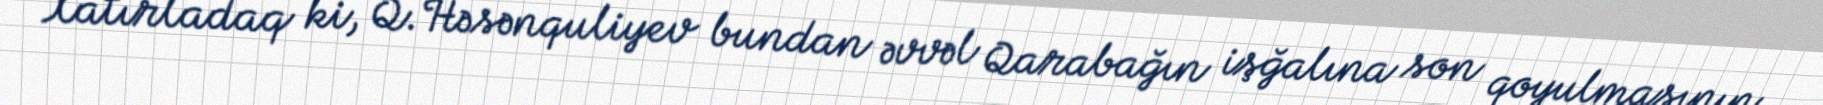
Xatırladaq ki, Q.Həsənquliyev bundan əvvəl Qarabağın işğalına son qoyulmasının